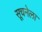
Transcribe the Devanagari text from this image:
सूचनेला